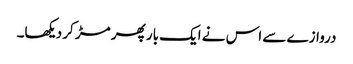
دروازے سے اس نے ایک بار پھر مڑ کر دیکھا۔